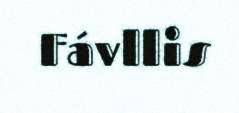
Fávllis